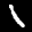
Label: 1